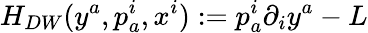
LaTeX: H_{DW}(y^{a},p_{a}^{i},x^{i}):=p_{a}^{i}\partial_{i}y^{a}-L